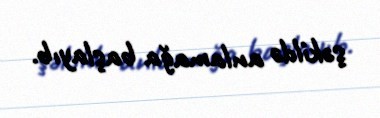
şəkildə anlamağa başlayıb.